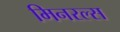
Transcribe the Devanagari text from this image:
मिनरल्‍स